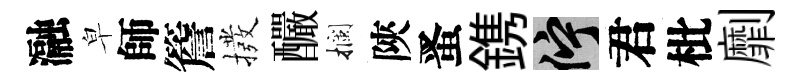
瀜皁師簷撥釅攔陝󱉠鎸伫君枇劘